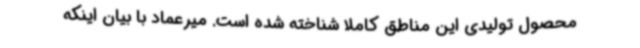
محصول تولیدی این مناطق کاملاً شناخته شده است. میرعماد با بیان اینکه